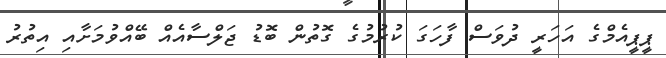
ޕީޕީއެމްގެ އަހަރީ ދުވަސް ފާހަގަ ކުރުމުގެ ގޮތުން ބޮޑު ޖަލްސާއެއް ބޭއްވުމަށާއި އިތުރު